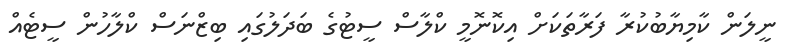
ނީލަން ކާމިޔާބުކުރާ ފަރާތަކަށް އިކޮނޮމީ ކްލާސް ސީޓުގެ ބަދަލުގައި ބިޒްނަސް ކްލާހުން ސީޓެއް